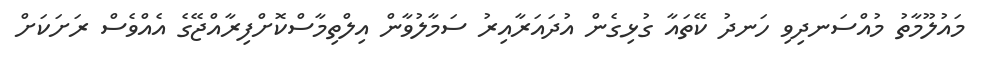
މައުލޫމާތު މުއްސަނދިވި ހަނދު ކޭތައާ ގުޅިގެން އުދައަރާއިރު ސަމާލުވާން އިލްތިމާސްކޮށްފިރާއްޖޭގެ އެއްވެސް ރަށަކަށް